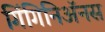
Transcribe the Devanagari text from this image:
गिंगिनिॲनस